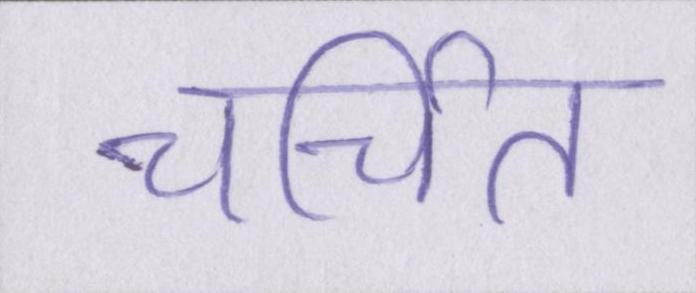
चर्चित